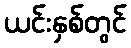
ယင်းနှစ်တွင်